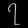
Digit: ၇